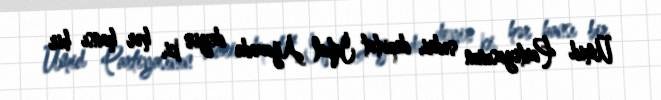
Ümid Partiyasının sədri, deputat İqbal Ağazadə deyir ki, hər hansı bir